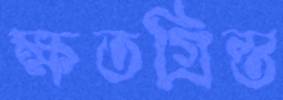
ক্ষতগ্রিস্ত